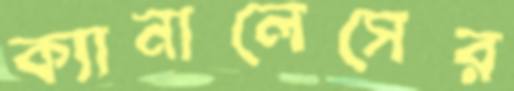
ক্যানালেসের